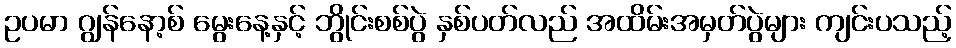
ဥပမာ ဂျွန်နော့စ် မွေးနေ့နှင့် ဘွိုင်းစစ်ပွဲ နှစ်ပတ်လည် အထိမ်းအမှတ်ပွဲများ ကျင်းပသည့်